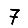
Digit: 7